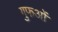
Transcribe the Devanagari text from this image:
गुफओं